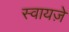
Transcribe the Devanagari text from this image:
स्वायज़े